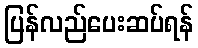
ပြန်လည်ပေးဆပ်ရန်